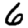
Digit: 6